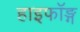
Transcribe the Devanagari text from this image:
हाइफॉङ्ग